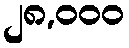
၂၈,၀၀၀